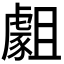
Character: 𧇿